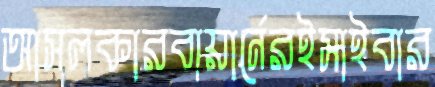
আসলকারবায়ার্নেরইসাইবার